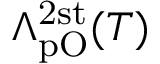
\Lambda _ { \mathrm { p O } } ^ { \mathrm { 2 s t } } ( T )